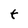
Character: t